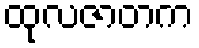
ထုလဇာတက